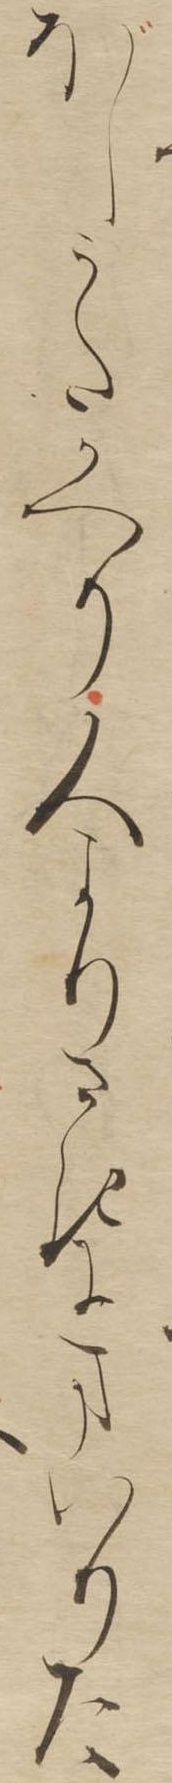
ぼしうたかへり人よりさきにまいりた